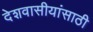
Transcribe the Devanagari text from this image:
देशवासीयांसाठी